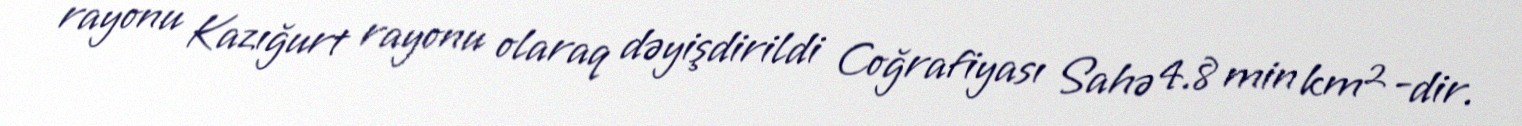
rayonu Kazığurt rayonu olaraq dəyişdirildi Coğrafiyası Sahə 4.8 min km²-dir.